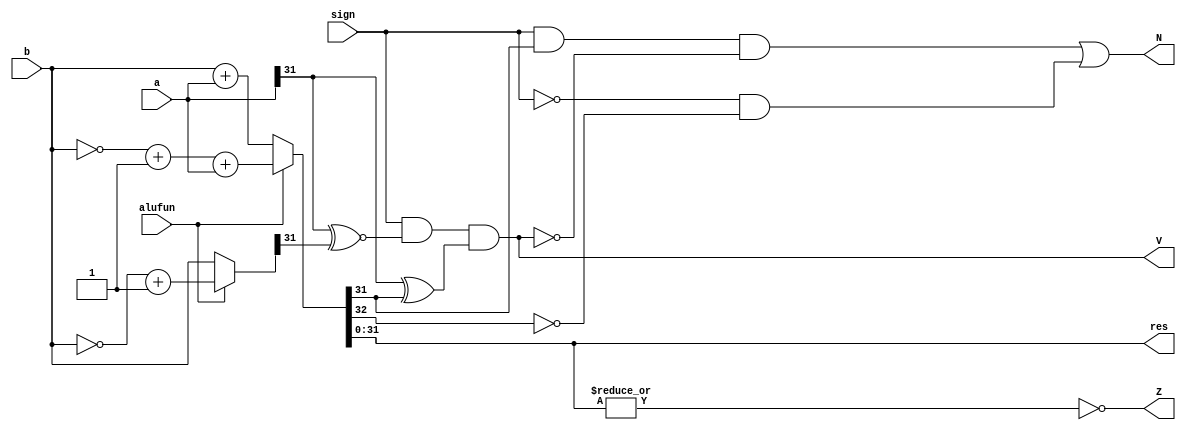
//ADD.v
module ADD(a,b,sign,alufun,res,Z,V,N);
  
  input [31:0]a,b;
  input sign,alufun;
  output [31:0]res;
  output Z,V,N;
  
  wire [31:0]b1;
  wire forward;
  
  assign b1=(alufun==1)?(~b)+1:b;
  assign {forward,res}=(alufun==1)?(~b)+1+a:b+a;

  assign Z=~|res;
  assign V=sign&(a[31]^~b1[31])&(a[31]^res[31]);
  assign N=(sign&res[31]&~V)|(~sign&~forward);

endmodule